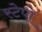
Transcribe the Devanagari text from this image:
स्टेपो